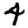
Digit: 4